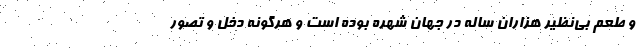
و طعم بی‌نظیر هزاران ساله در جهان شهره بوده است و هرگونه دخل و تصور